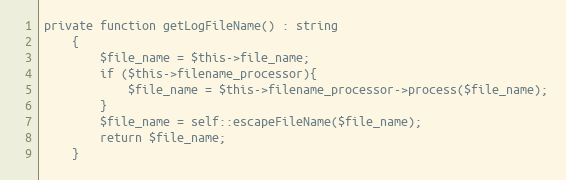
Language: PHP
private function getLogFileName() : string
    {
        $file_name = $this->file_name;
        if ($this->filename_processor){
            $file_name = $this->filename_processor->process($file_name);
        }
        $file_name = self::escapeFileName($file_name);
        return $file_name;
    }